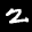
Label: 2